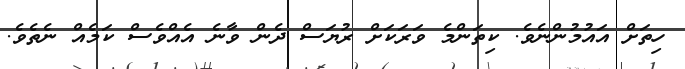
ހިތަށް އައުމުންނެވެ. ކިތަންމެ ވަރަކަށް ރުޔަސް ދެން ވާނެ އެއްވެސް ކަމެއް ނެތެވެ.